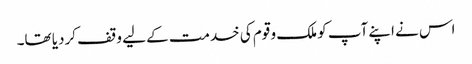
اس نے اپنے آپ کو ملک و قوم کی خدمت کے لیے وقف کردیا تھا۔